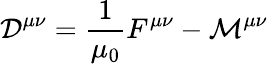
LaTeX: {\mathcal{D}}^{\mu\nu}={\frac{1}{\mu_{0}}}F^{\mu\nu}-{\mathcal{M}}^{\mu\nu}